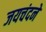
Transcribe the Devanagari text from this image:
जयचंदने